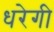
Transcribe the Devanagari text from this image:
धरेगी